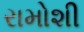
રામોશી